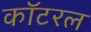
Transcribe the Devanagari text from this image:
कॉटरल